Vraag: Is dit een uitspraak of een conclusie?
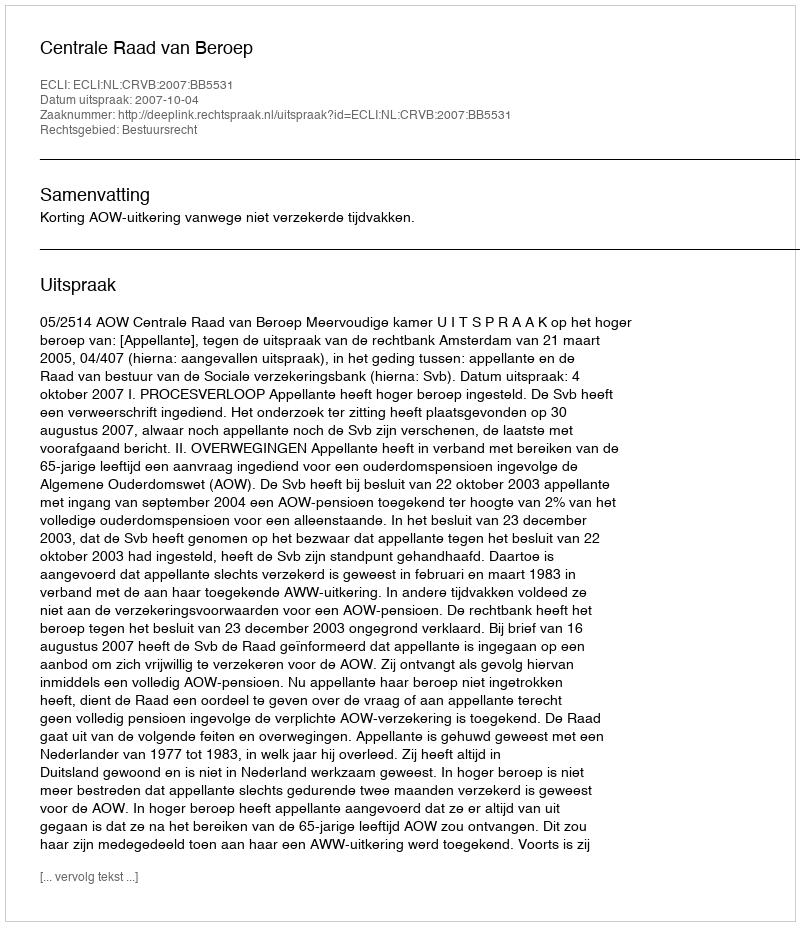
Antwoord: Uitspraak